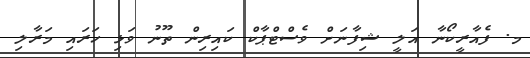
މ. ފެއާރީކޯނާ އަލީ ޝިފާނަށް ވެސްޓްޕާކް ކައިރިން ތޫނު ވަޅި ހަރައި މަރާލި